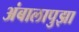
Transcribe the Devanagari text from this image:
अंबालापुझा